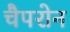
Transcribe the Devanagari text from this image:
चैपरोन